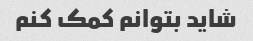
شاید بتوانم کمک کنم